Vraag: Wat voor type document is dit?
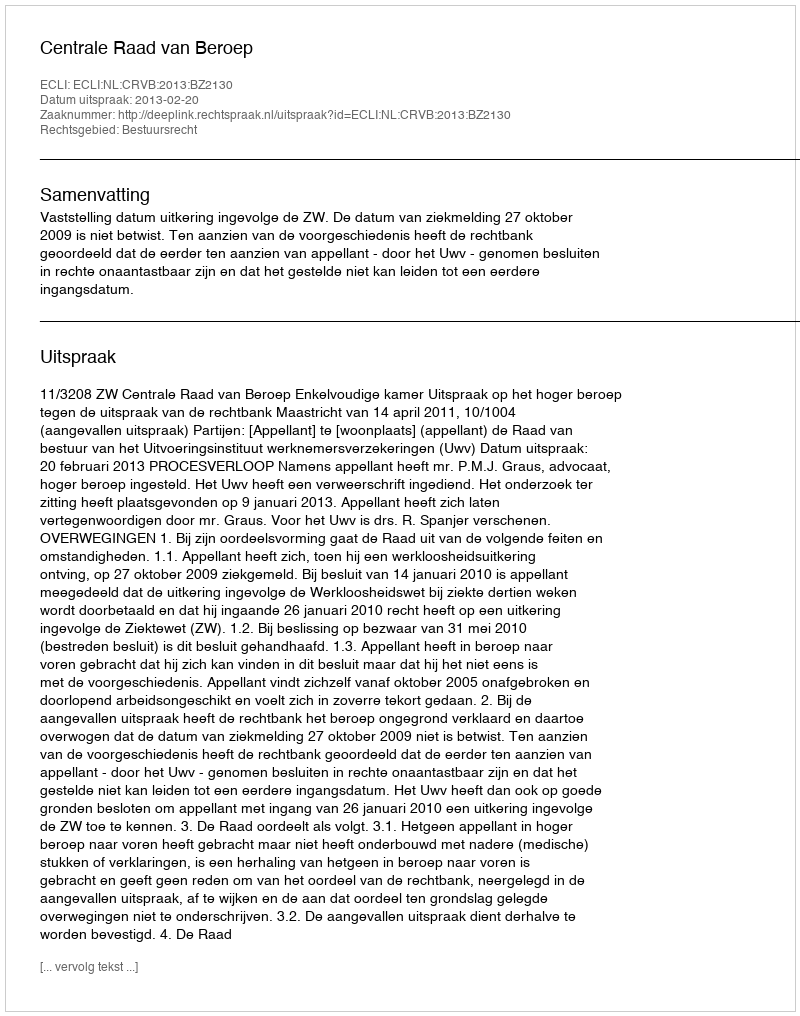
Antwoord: Uitspraak